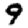
Digit: 9